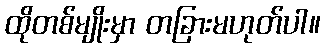
ထိုတစ်မျိုးမှာ တခြားမဟုတ်ပါ။